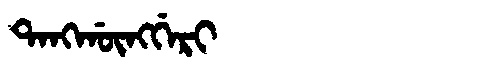
Manchu: ᡨᠠᠩᡤᡡᠩᡤᡝᡵᡳ
Romanization: TANGGŪNGGERI